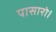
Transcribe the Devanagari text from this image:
पासारो।